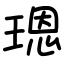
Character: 𤨒